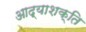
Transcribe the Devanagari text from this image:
आद्याशक्ति